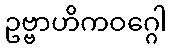
ဥဗ္ဗာဟိကဝဂ္ဂေါ